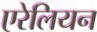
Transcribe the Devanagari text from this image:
एरेलियन